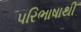
પરિભાષાથી